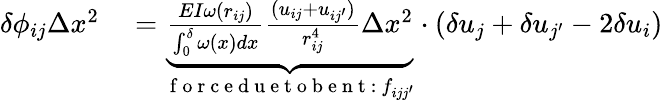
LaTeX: \begin{array}{rl}{\delta\phi_{ij}\Delta x^{2}}&{{}=\underbrace{\frac{EI\omega(r_{ij})}{\int_{0}^{\delta}\omega(x)dx}\frac{(u_{ij}+u_{ij^{\prime}})}{r_{ij}^{4}}\Delta x^{2}}_{\mathrm{~f~o~r~c~e~d~u~e~t~o~b~e~n~t~:~}f_{ijj^{\prime}}}\cdot(\delta u_{j}+\delta u_{j^{\prime}}-2\delta u_{i})}\end{array}